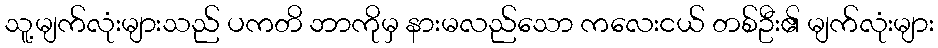
သူ့မျက်လုံးများသည် ပကတိ ဘာကိုမှ နားမလည်သော ကလေးငယ် တစ်ဦး၏ မျက်လုံးများ